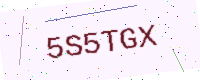
Text: 5S5TGX